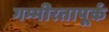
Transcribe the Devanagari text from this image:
गम्भीरतापूर्क